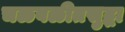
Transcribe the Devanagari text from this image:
चळवळीतसुद्धा